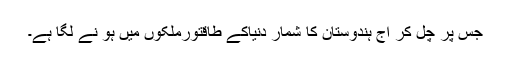
جس پر چل کر آج ہندوستان کا شمار دنیاکے طاقتورملکوں میں ہو نے لگا ہے۔